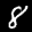
Label: 8